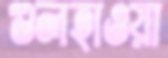
গুলহাওয়া